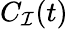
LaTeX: C_{\mathcal{I}}(t)